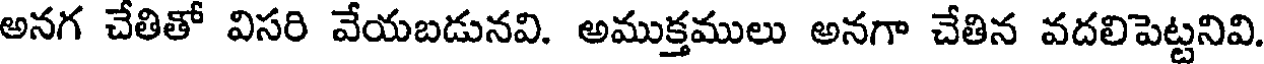
అనగ చేతితో విసరి వేయబడునవి. అముక్తములు అనగా చేతిన వదలిపెట్టనివి